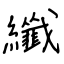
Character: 纖